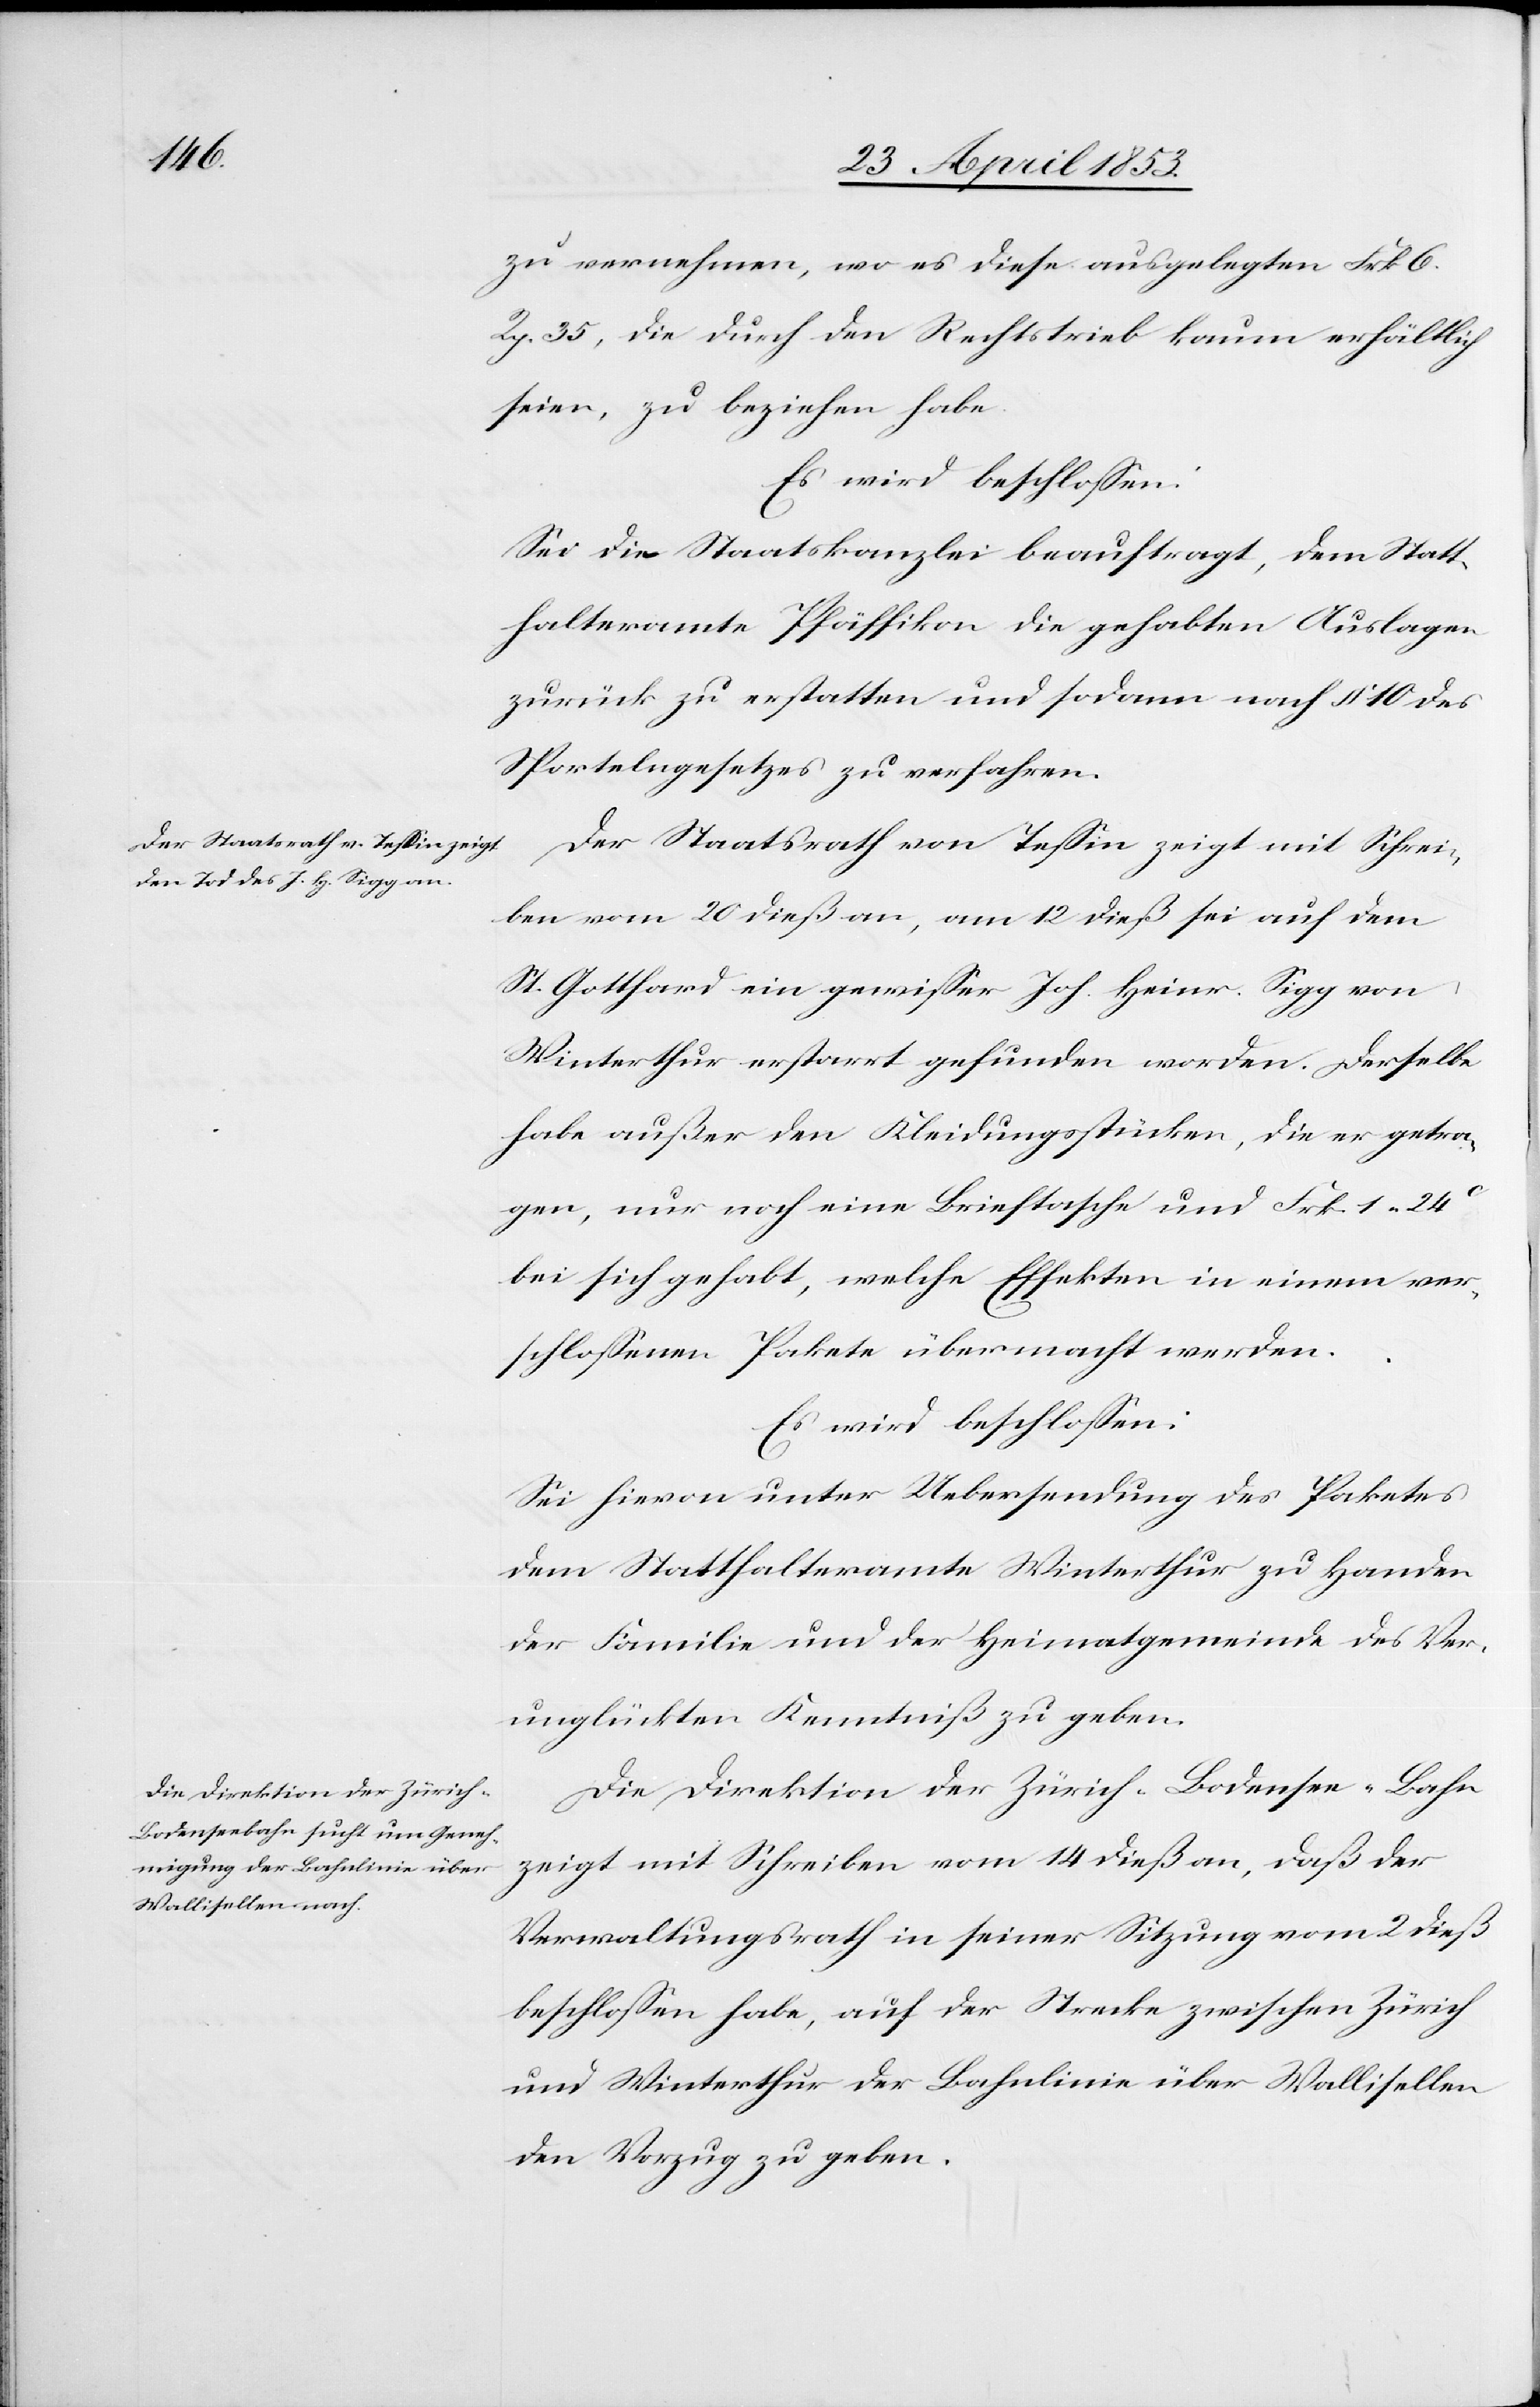
zu vernehmen, wo es diese ausgelegten Frk. 6
Rp. 35, die durch den Rechtstrieb kaum erhältlich
seien, zu beziehen habe.
Es wird beschloßen:
Sei die Staatskanzlei beauftragt, dem Statt¬
halteramte Pfäffikon die gehabten Auslagen
zurück zu erstatten und sodann nach § 10 des
Sportelngesetzes zu verfahren.
Der Staatsrath von Teßin zeigt mit Schrei¬
ben vom 20 dieß an, am 12 dieß sei auf dem
St. Gotthard ein gewißer Joh. Heinr. Sigg von
Winterthur erstarrt gefunden worden. Derselbe
habe außer den Kleidungsstücken, die er getra¬
gen, nur noch eine Brieftasche und Frk. 1. 24
bei sich gehabt, welche Effekten in einem ver¬
schloßenen Pakete übermacht werden.
Es wird beschloßen:
Sei hievon unter Uebersendung des Paketes
dem Statthalteramte Winterthur zu Handen
der Familie und der Heimatgemeinde des Ver¬
unglückten Kenntniß zu geben.
Die Direktion der Zürich-Bodensee-Bahn
zeigt mit Schreiben vom 14 dieß an, daß der
Verwaltungsrath in seiner Sitzung vom 2 dieß
beschloßen habe, auf der Strecke zwischen Zürich
und Winterthur der Bahnlinie über Wallisellen
den Vorzug zu geben.